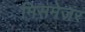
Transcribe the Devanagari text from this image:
मिसमेजर